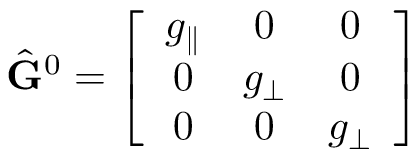
\hat { \mathbf { G } } ^ { 0 } = \left[ \begin{array} { c c c } { g _ { \parallel } } & { 0 } & { 0 } \\ { 0 } & { g _ { \perp } } & { 0 } \\ { 0 } & { 0 } & { g _ { \perp } } \end{array} \right]